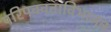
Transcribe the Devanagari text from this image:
परिपक्वताविभाजन